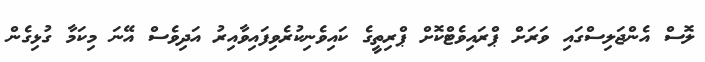
ލޮސް އެންޖަލިސްގައި ވަރަށް ޕްރައިވެޓްކޮށް ޕްރިތީގެ ކައިވެނިކުރެވިފައިވާއިރު އަދިވެސް އޭނަ މިކަމާ ގުޅިގެން